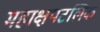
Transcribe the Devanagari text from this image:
महाक्षपटलिक